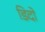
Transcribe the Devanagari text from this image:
डिदो